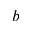
b